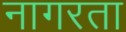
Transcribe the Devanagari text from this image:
नागरता